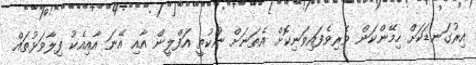
އިރުގަނޑަކަށް ހިމޭންކަން ވެރިވެފައިވަނިކޮށް އެތަނަށް ނުކުތީ އަފްލީން އާއި އޭނަ އާއިއެކު ފިލާވަޅުތައް